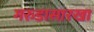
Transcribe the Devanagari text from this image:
गरुडासारखा